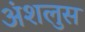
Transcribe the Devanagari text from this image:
अंशलुस